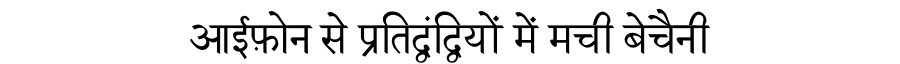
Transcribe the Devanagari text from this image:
आईफ़ोन से प्रतिद्वंद्वियों में मची बेचैनी